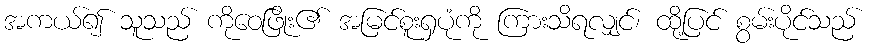
အကယ်၍ သူသည် ကိုဝေဖြိုး၏ အမြင်စူးရှပုံကို ကြားသိရလျှင်၊ ထို့ပြင် စွမ်းပိုင်သည်